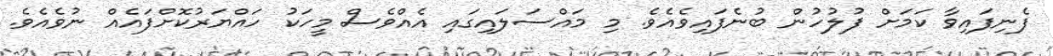
ފެނިފައިވާ ކަމަށް ފުލުހުން ބުނެފައިވެއެވެ. މި މައްސަލައިގައި އެއްވެސް މީހަކު ހައްޔަރުކޮށްފައެއް ނުވެއެވެ.